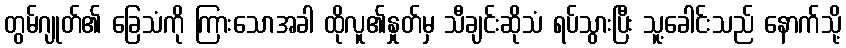
တွမ်ဂျုတ်၏ ခြေသံကို ကြားသောအခါ ထိုလူ၏နှုတ်မှ သီချင်းဆိုသံ ရပ်သွားပြီး သူ့ခေါင်းသည် နောက်သို့